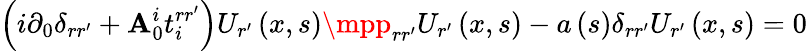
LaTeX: \left(i\partial_{0}\delta_{rr^{\prime}}+\mathbf{A}_{0}^{i}t_{i}^{rr^{\prime}}\right)U_{r^{\prime}}\left(x,s\right)\mpp_{rr^{\prime}}U_{r^{\prime}}\left(x,s\right)-a\left(s\right)\delta_{rr^{\prime}}U_{r^{\prime}}\left(x,s\right)=0